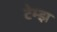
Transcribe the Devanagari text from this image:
टेम्झ